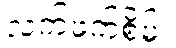
လက်ဖက်စိမ်း